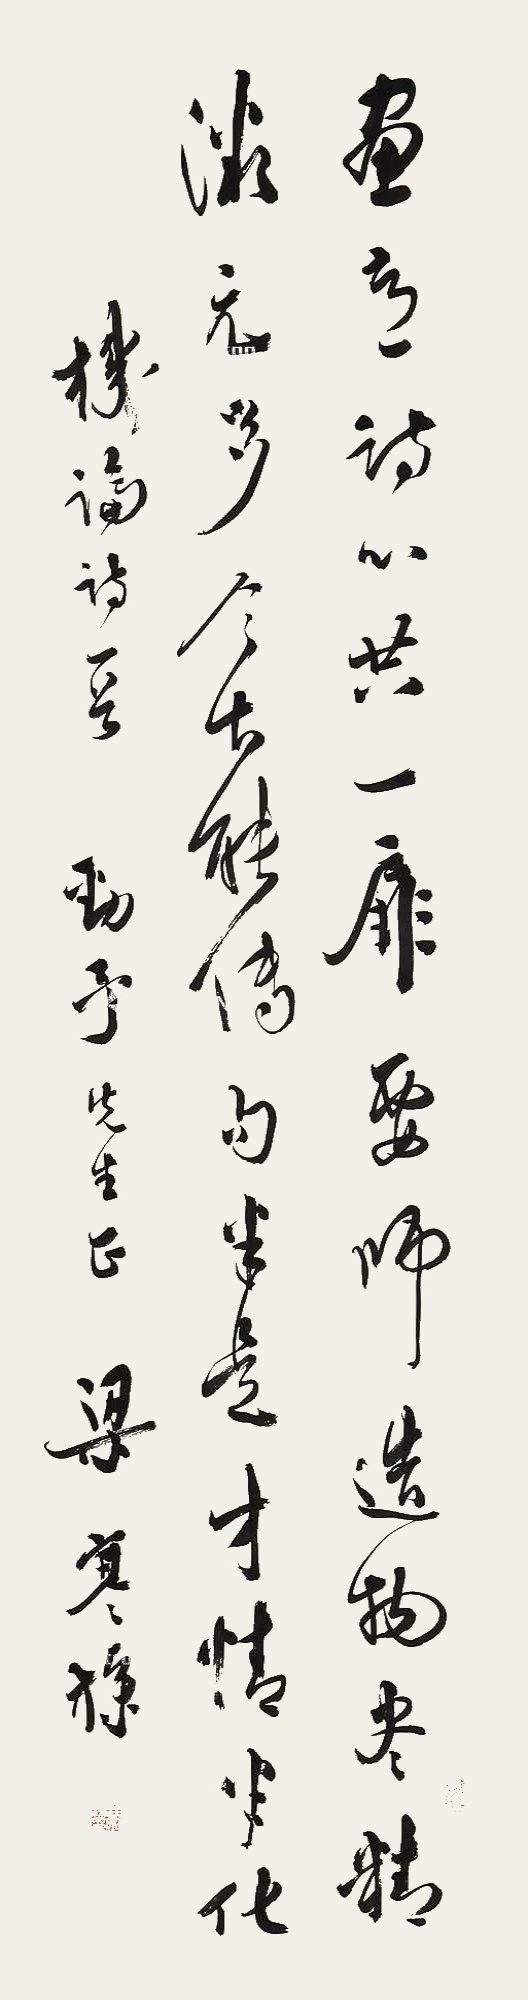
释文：画意诗心共一扉，要师造物尽精微。元多今古能传句，半是才情半化机。《论诗》一首，劲予先生正。梁寒操。